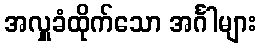
အလှူခံထိုက်သော အင်္ဂါများ